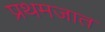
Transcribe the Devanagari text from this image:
प्रथमजात